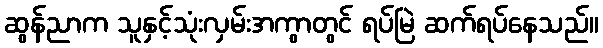
ဆွန်ညာက သူနှင့်သုံးလှမ်းအကွာတွင် ရပ်မြဲ ဆက်ရပ်နေသည်။